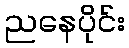
ညနေပိုင်း